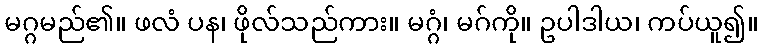
မဂ္ဂမည်၏။ ဖလံ ပန၊ ဖိုလ်သည်ကား။ မဂ္ဂံ၊ မဂ်ကို။ ဥပါဒါယ၊ ကပ်ယူ၍။